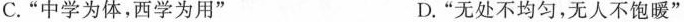
C.”中学为体，西学为用” D.”无处不均匀，无人不饱暖”